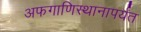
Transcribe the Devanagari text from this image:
अफगाणिस्थानापर्यंत